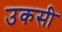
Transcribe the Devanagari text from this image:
उकसी